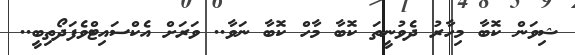
ޝިވަން ކޮބާ މިހާރު ދެވުނީތަ ކޮބާ މާހް ކޮބާ ނަވާ.. ވަރަށް އެކްސައިޓްވެފަދޯތިބީ..